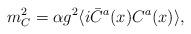
LaTeX: \begin{align*}m_C^2 = \alpha g^2 \langle i \bar C^a(x) C^a(x) \rangle ,\end{align*}